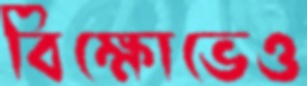
বিক্ষোভেও